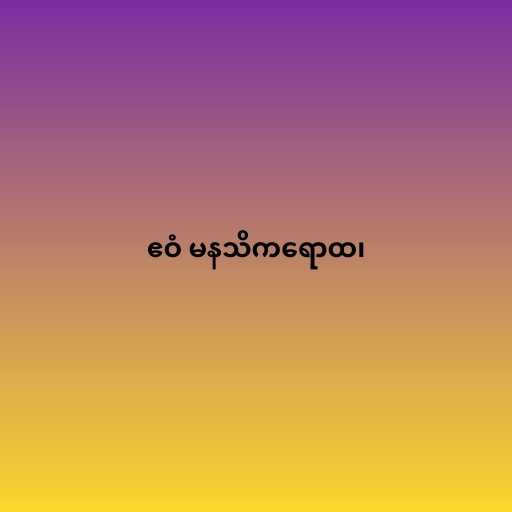
ဧဝံ မနသိကရောထ၊